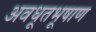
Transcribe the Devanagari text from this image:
अवधूतभूषाण